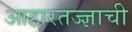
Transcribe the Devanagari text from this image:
आहारतज्‍ज्ञाची